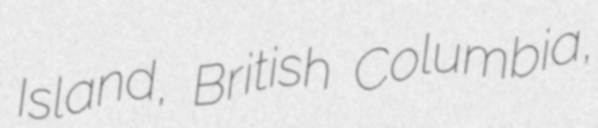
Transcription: Island, British Columbia,